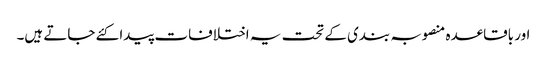
اور باقاعدہ منصوبہ بندی کے تحت یہ اختلافات پیدا کئے جاتے ہیں۔